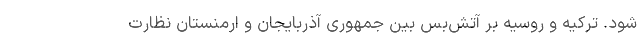
شود. ترکیه و روسیه بر آتش‌بس بین جمهوری آذربایجان و ارمنستان نظارت